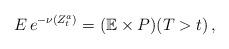
LaTeX: \begin{align*}E\,e^{-\nu(Z_t^a)}=(\mathbb{E}\times P)(T>t)\, ,\end{align*}